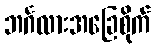
ဘင်္ဂလားအခြေစိုက်